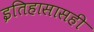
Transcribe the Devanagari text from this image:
इतिहासासही